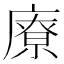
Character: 𱝊